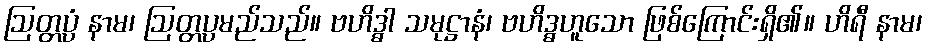
ဩတ္တပ္ပံ နာမ၊ ဩတ္တပ္ပမည်သည်။ ဗဟိဒ္ဓာ သမုဋ္ဌာနံ၊ ဗဟိဒ္ဓဟူသော ဖြစ်ကြောင်းရှိ၏။ ဟိရီ နာမ၊